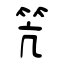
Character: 笐